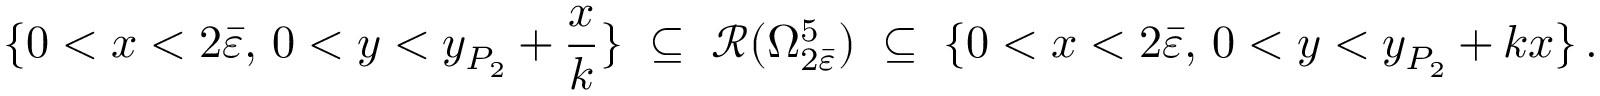
\{ 0 < x < 2 \bar { \varepsilon } , \, 0 < y < y _ { P _ { 2 } } + \frac { x } { k } \} \; \subseteq \; \mathcal { R } ( \Omega _ { 2 \bar { \varepsilon } } ^ { 5 } ) \; \subseteq \; \{ 0 < x < 2 \bar { \varepsilon } , \, 0 < y < y _ { P _ { 2 } } + k x \} \, .